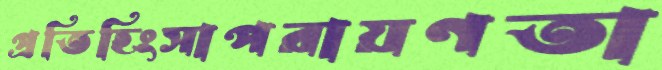
প্রতিহিংসাপরায়ণতা